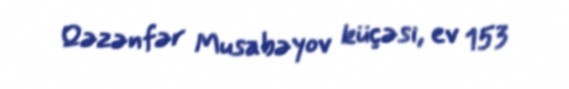
Qəzənfər Musabəyov küçəsi, ev 153